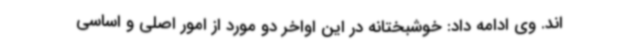
اند. وی ادامه داد: خوشبختانه در این اواخر دو مورد از امور اصلی و اساسی